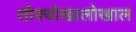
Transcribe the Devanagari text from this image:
तोक्योखालोखाल